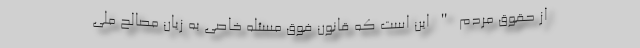
از حقوق مردم " این است ‌که قانون فوق مسئله خاصی به زیان مصالح ملی